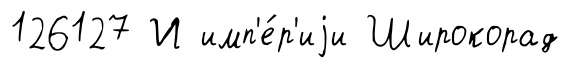
126127 И имп'е́р'иjи Широкорад